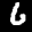
Label: 6